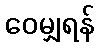
ဝေမျှရန်